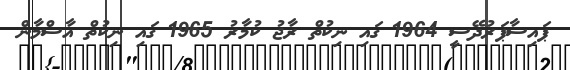
ޕައިސާޕަރުދޭސީ 1964 ގައި ނިކުތް ރާޖު ކުމާރު 1965 ގައި ނިކުތް އާސްމާން